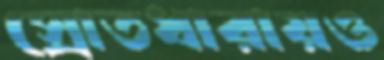
স্রোতধারায়ও